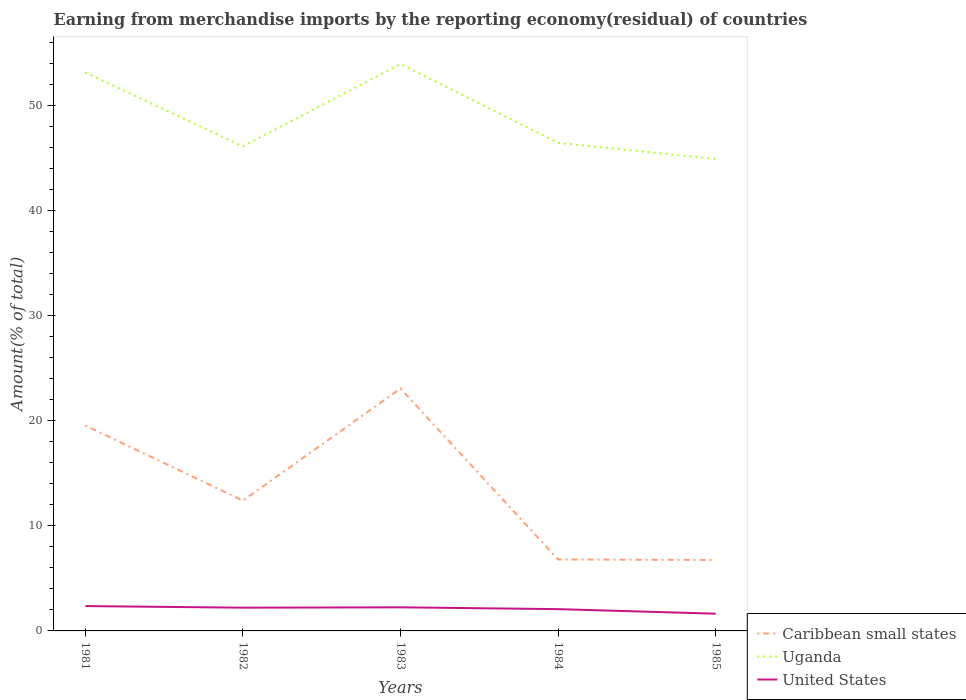
| Years | Caribbean small states | Uganda | United States |
 | --- | --- | --- | --- |
 | 1981 | 19.6 | 53.1 | 2.36 |
 | 1982 | 12.4 | 46.1 | 2.21 |
 | 1983 | 23.1 | 53.9 | 2.25 |
 | 1984 | 6.8 | 46.4 | 2.07 |
 | 1985 | 6.75 | 44.9 | 1.64 |